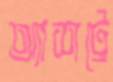
অ্যাশট্রে